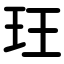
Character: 玨